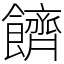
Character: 䭣